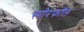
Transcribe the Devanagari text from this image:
स्पोरफॉल